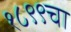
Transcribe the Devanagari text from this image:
१८९९चा